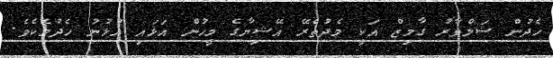
ހެދުން ޝަލްވާރު ގާމިޒް އަކީ މެދުތެރޭ އޭޝިޔާގެ މީހުން އަޅައި އުޅުނު ހެދުމެކެވެ.